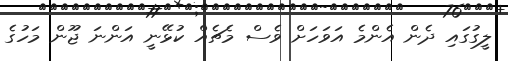
ލީގުގައި ދެން އެންމެ އަވަހަށް ވެސް މެޗެއް ކުޅޭނީ އަންނަ ޖޫން މަހުގެ